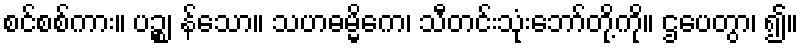
စင်စစ်ကား။ ပဉ္စ၊ န်သော။ သဟဓမ္မိကေ၊ သီတင်းသုံးဘော်တို့ကို။ ဌပေတွာ၊ ၍။